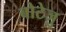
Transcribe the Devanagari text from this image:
बोटेजु